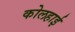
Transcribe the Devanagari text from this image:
कोलहाई